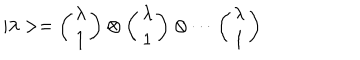
LaTeX: | \lambda > = \left( \begin{array} { c } { { \lambda } } \\ { { 1 } } \\ \end{array} \right) \otimes \left( \begin{array} { c } { { \lambda } } \\ { { 1 } } \\ \end{array} \right) \otimes \cdots \left( \begin{array} { c } { { \lambda } } \\ { { 1 } } \\ \end{array} \right)